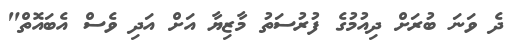
ދެ ވަނަ ބުރަށް ދިއުމުގެ ފުރުސަތު މާޒިޔާ އަށް އަދި ވެސް އެބައޮތް"